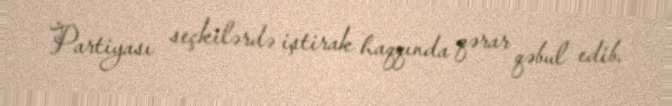
Partiyası seçkilərdə iştirak haqqında qərar qəbul edib.